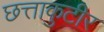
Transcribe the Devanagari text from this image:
छत्ताकुटीर